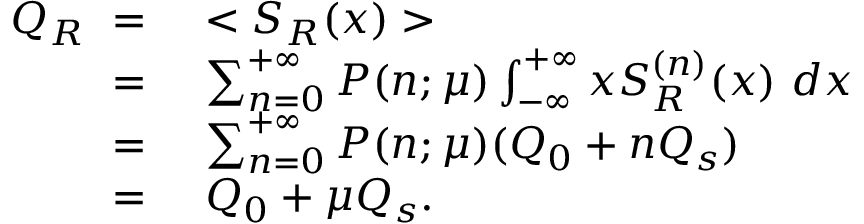
\begin{array} { r l } { Q _ { R } \ = \ } & { < S _ { R } ( x ) > } \\ { \ = \ } & { \sum _ { n = 0 } ^ { + \infty } P ( n ; \mu ) \int _ { - \infty } ^ { + \infty } x S _ { R } ^ { ( n ) } ( x ) \ d x } \\ { \ = \ } & { \sum _ { n = 0 } ^ { + \infty } P ( n ; \mu ) ( Q _ { 0 } + n Q _ { s } ) } \\ { \ = \ } & { Q _ { 0 } + \mu Q _ { s } . } \end{array}